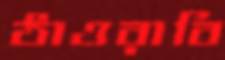
ঠাওরাবি